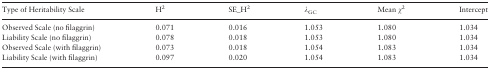
<table><thead><tr><td><b>Type of Heritability Scale</b></td><td><b>H<sup>2</sup></b></td><td><b>SE_H<sup>2</sup></b></td><td><b><i>λ</i><sub>GC</sub></b></td><td><b>Mean <i>χ</i><sup>2</sup></b></td><td><b>Intercept</b></td></tr></thead><tbody><tr><td>Observed Scale (no filaggrin)</td><td>0.071</td><td>0.016</td><td>1.053</td><td>1.080</td><td>1.034</td></tr><tr><td>Liability Scale (no filaggrin)</td><td>0.078</td><td>0.018</td><td>1.053</td><td>1.080</td><td>1.034</td></tr><tr><td>Observed Scale (with filaggrin)</td><td>0.073</td><td>0.018</td><td>1.054</td><td>1.083</td><td>1.034</td></tr><tr><td>Liability Scale (with filaggrin)</td><td>0.097</td><td>0.020</td><td>1.054</td><td>1.083</td><td>1.034</td></tr></tbody></table>